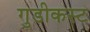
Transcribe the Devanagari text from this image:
गुडीकस्ट